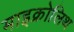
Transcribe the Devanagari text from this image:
माइक्रोलिथ